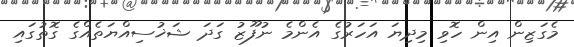
މެގަޒިން އިން ހޮވި މިދިޔަ އަހަރުގެ އެންމެ ނުފޫޒު ގަދަ ޝަޚުސިއްޔަތެއްގެ ގޮތުގައި